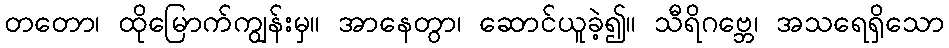
တတော၊ ထိုမြောက်ကျွန်းမှ။ အာနေတွာ၊ ဆောင်ယူခဲ့၍။ သီရိဂဗ္ဘေ၊ အသရေရှိသော